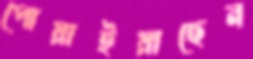
পোয়াইয়াছেন